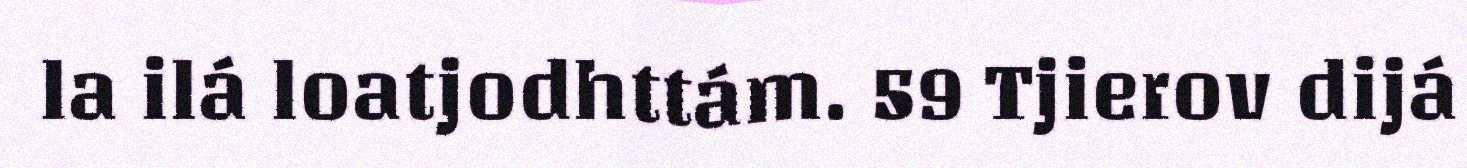
la ilá loatjodhttám. 59 Tjierov dijá